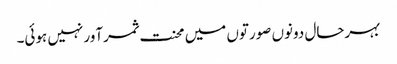
بہرحال دونوں صورتوں میں محنت ثمرآور نہیں ہوئی۔